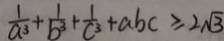
\frac { 1 } { a ^ { 3 } } + \frac { 1 } { b ^ { 3 } } + \frac { 1 } { c ^ { 3 } } + a b c \geq 2 \sqrt { 3 }